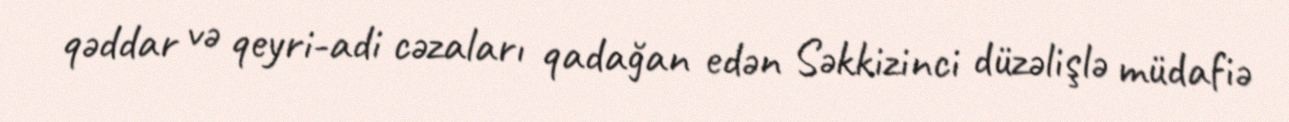
qəddar və qeyri-adi cəzaları qadağan edən Səkkizinci düzəlişlə müdafiə